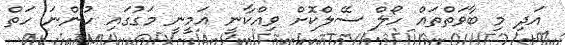
އަދި މި ބާވަތްތައް ހޯލް ސޭލްކޮށް ވިއްކާނީ އަމީނީ މަގުގައި ހުންނަ ހަތް